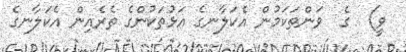
ވީ)  ގެ  ވަންތަކަމުން އެކަލާނގެ އަޅުތަކުންގެ ތެރެއިން އެކަލާނގެ